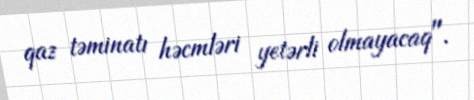
qaz təminatı həcmləri yetərli olmayacaq".